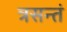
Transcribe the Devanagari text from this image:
त्रसन्तं